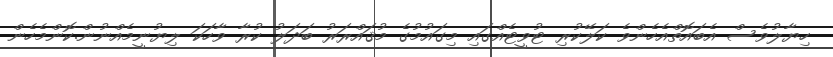
ހިޔާލުވެސް އެބައޮތްއެހެންވެ ކަލޭކުރި ޓުވީޓެއްގައި މިގައުމުގެ މުޤައްރަރު ބަދަލު ކުރާ ވާހަކަ ލިޔުނީމެއްނުން.ކޮންމެހެން